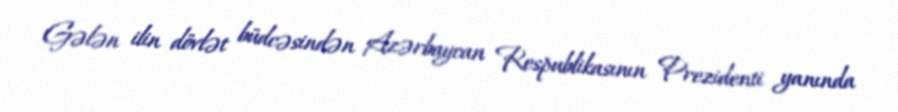
Gələn ilin dövlət büdcəsindən Azərbaycan Respublikasının Prezidenti yanında